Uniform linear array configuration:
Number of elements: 8
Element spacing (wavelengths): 1
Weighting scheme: exponential
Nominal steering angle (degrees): -45
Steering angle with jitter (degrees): -43.008
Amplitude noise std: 0.05
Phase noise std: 0.05

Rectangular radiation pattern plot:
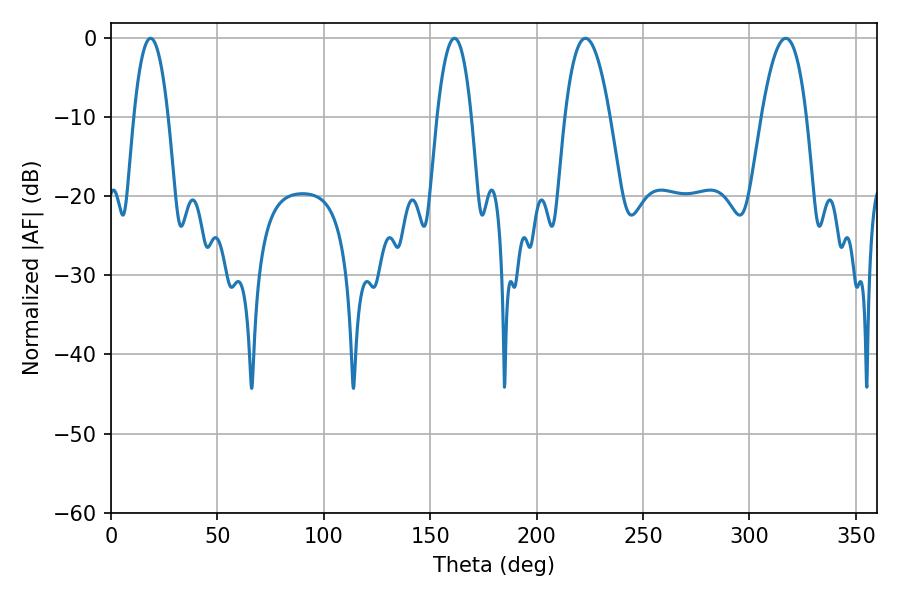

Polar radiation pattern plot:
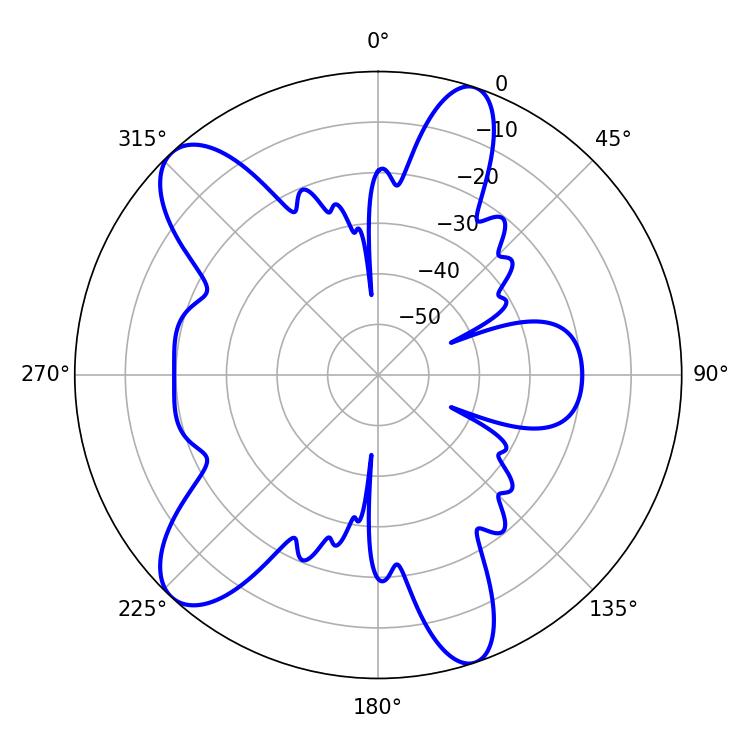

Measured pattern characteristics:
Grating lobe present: TRUE
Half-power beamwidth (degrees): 8.82
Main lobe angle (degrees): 18.54